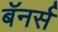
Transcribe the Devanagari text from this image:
बॅनर्स